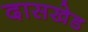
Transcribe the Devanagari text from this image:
दासखेड